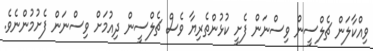
ވިއްކާލަން ޗެލްސީން ވިސްނަން ފެށީ ކުޅުންތެރިޔާ ވެސް ޗެލްސީން ދިއުމަށް ވިސްނަން ފެށުމުންނެވެ.